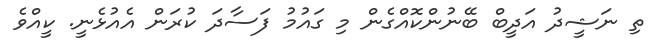
ތި ނަޝީދު އަދީބް ބޭނުންކޮއްގެން މި ގައުމު ފަސާދަ ކުރަން އެއުޅެނީ. ކީއްވެ